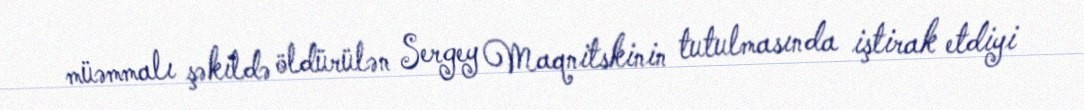
müəmmalı şəkildə öldürülən Sergey Maqnitskinin tutulmasında iştirak etdiyi